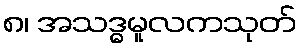
၈၊ အသဒ္ဓမူလကသုတ်